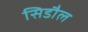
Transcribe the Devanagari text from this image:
सिडौल